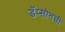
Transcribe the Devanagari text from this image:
डॅप्सोनची